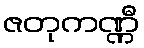
ဇတုကဏ္ဏီ